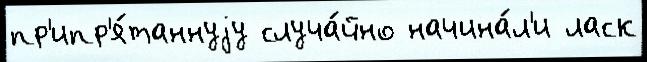
пр'ипр'я́таннуjу случа́йно начина́л'и ласк